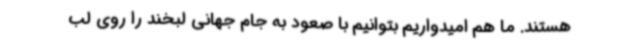
هستند. ما هم امیدواریم بتوانیم با صعود به جام جهانی لبخند را روی لب